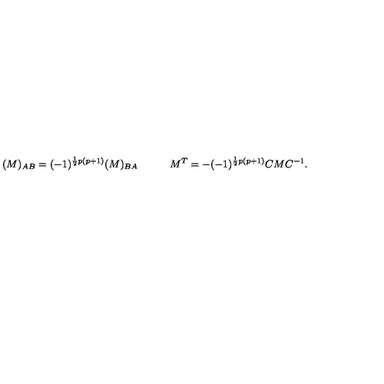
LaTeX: ( M ) _ { A B } = ( - 1 ) ^ { \frac { 1 } { 2 } p ( p + 1 ) } ( M ) _ { B A } \qquad \quad M ^ { T } = - ( - 1 ) ^ { \frac { 1 } { 2 } p ( p + 1 ) } C M C ^ { - 1 } .